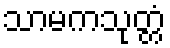
သာမကသုတ္တံ